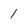
Character: 1